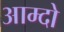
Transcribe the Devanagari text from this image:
आम्दो